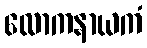
လောကနာယကံ